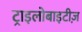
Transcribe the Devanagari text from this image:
ट्राइलोबाइटीज़